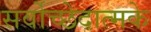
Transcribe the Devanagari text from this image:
सर्वोच्छेदात्मके